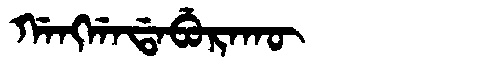
Manchu: ᡤᠠᠩᡤᠠᡩᠠᠪᡠᡵᠠᡴᡡ
Romanization: GANGGADABURAKŪ